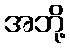
အဘို့